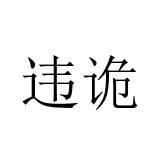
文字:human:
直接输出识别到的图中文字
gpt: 违诡